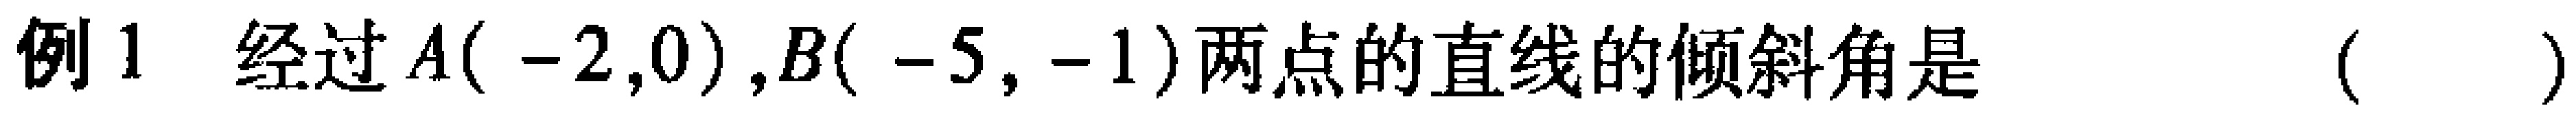
例1 经过\(A(-2,0)\),\(B(-5,-1)\)两点的直线的倾斜角是  (  )